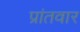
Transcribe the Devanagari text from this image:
प्रांतवार